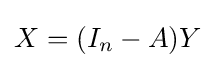
X=(I_{n}-A)Y